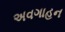
અવગાહન